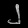
Digit: ၂